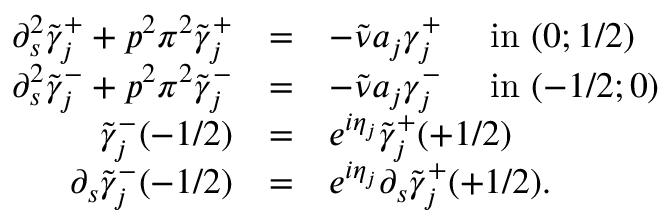
\begin{array} { r c l } { \partial _ { s } ^ { 2 } \tilde { \gamma } _ { j } ^ { + } + p ^ { 2 } \pi ^ { 2 } \tilde { \gamma } _ { j } ^ { + } } & { = } & { - \tilde { \nu } a _ { j } \gamma _ { j } ^ { + } \quad \mathrm { ~ i n ~ } ( 0 ; 1 / 2 ) } \\ { \partial _ { s } ^ { 2 } \tilde { \gamma } _ { j } ^ { - } + p ^ { 2 } \pi ^ { 2 } \tilde { \gamma } _ { j } ^ { - } } & { = } & { - \tilde { \nu } a _ { j } \gamma _ { j } ^ { - } \quad \mathrm { ~ i n ~ } ( - 1 / 2 ; 0 ) } \\ { \tilde { \gamma } _ { j } ^ { - } ( - 1 / 2 ) } & { = } & { e ^ { i \eta _ { j } } \tilde { \gamma } _ { j } ^ { + } ( + 1 / 2 ) } \\ { \partial _ { s } \tilde { \gamma } _ { j } ^ { - } ( - 1 / 2 ) } & { = } & { e ^ { i \eta _ { j } } \partial _ { s } \tilde { \gamma } _ { j } ^ { + } ( + 1 / 2 ) . } \end{array}